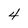
Character: 4